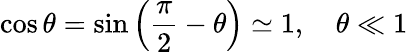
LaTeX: \cos\theta=\sin\left({\frac{\pi}{2}}-\theta\right)\simeq 1,\quad\theta\ll 1